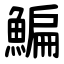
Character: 鯿